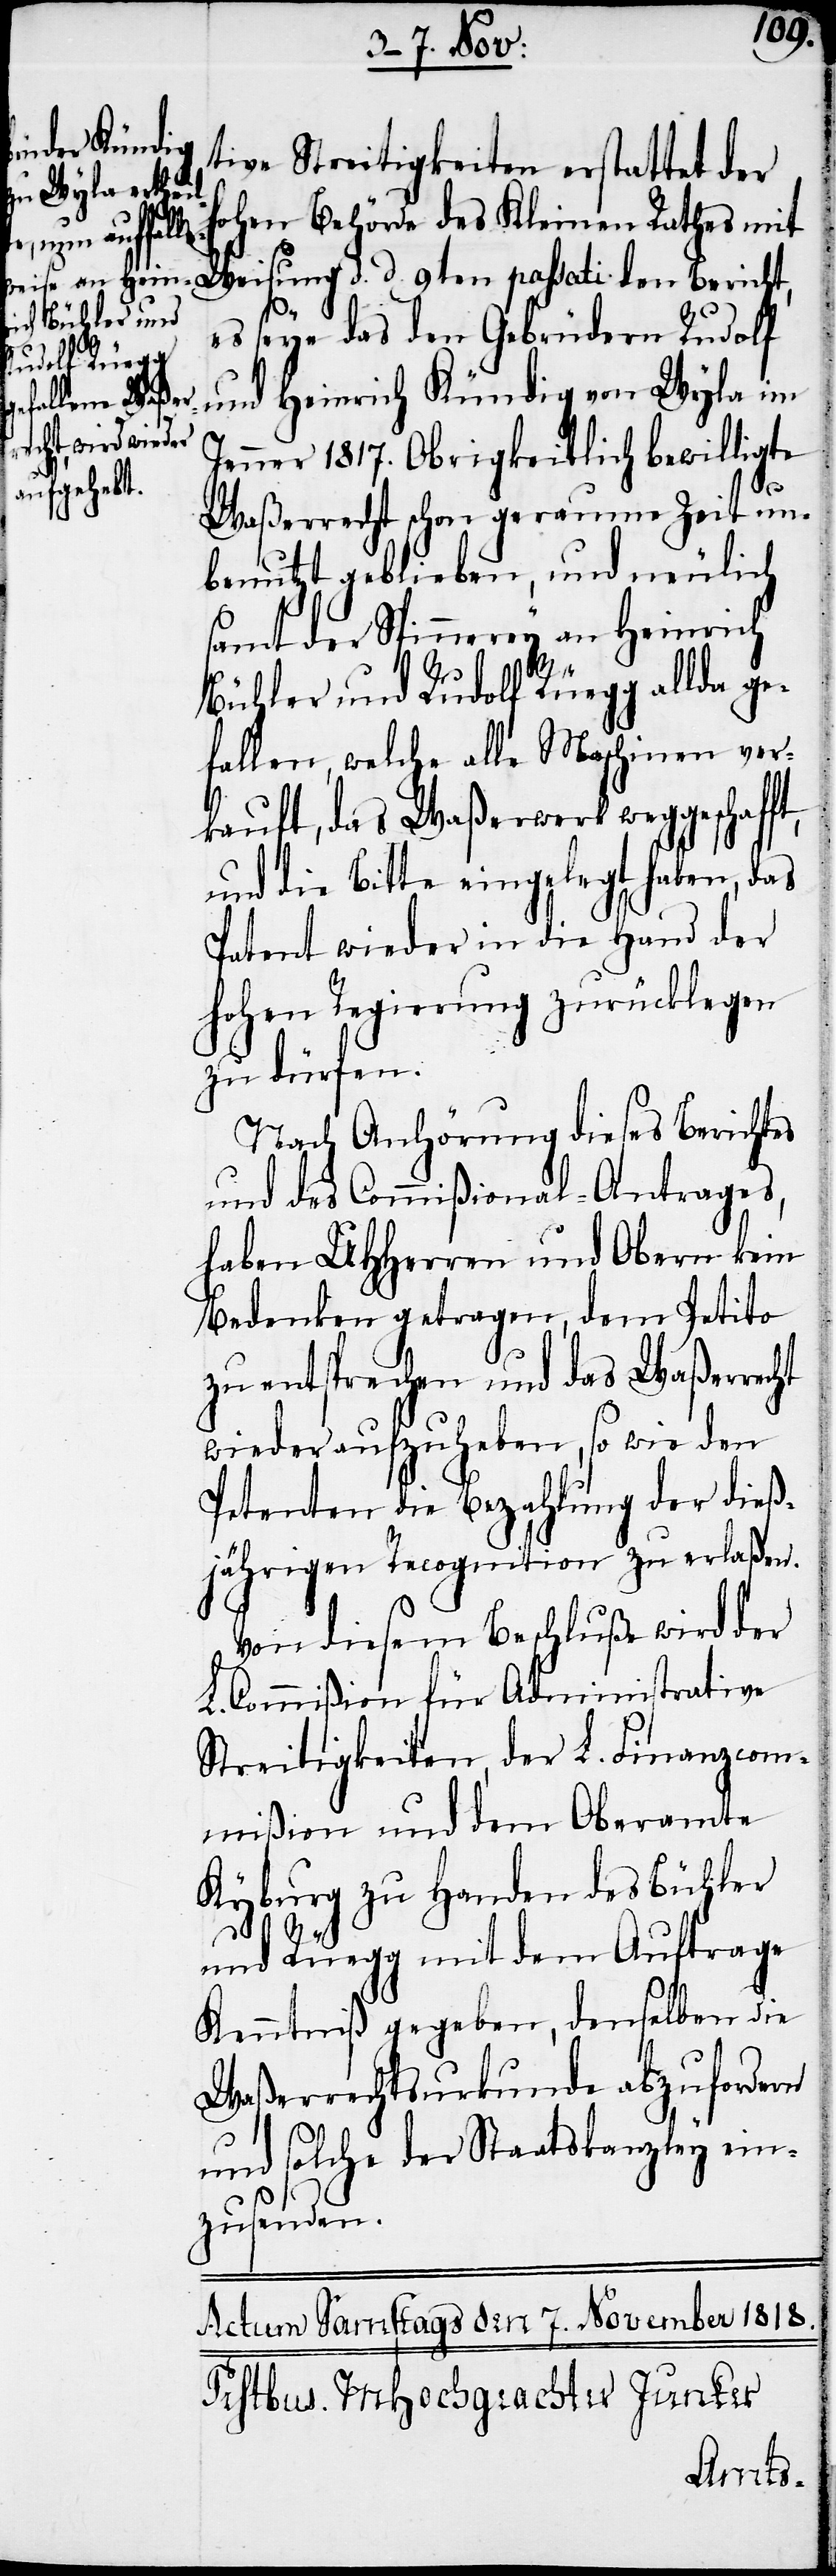
tive Streitigkeiten erstattet der
hohen Behörde des Kleinen Rathes mit
Weisung d. d. 9ten passati den Bericht,
ht
es seye das den Gebrüdern Rudolf
und Heinrich Kündig von Wyla im
Jenner 1817. Obrigkeitlich bewilligte
ft,
Waßerrecht schon geraume Zeit un¬
benutzt geblieben, und neulich
samt der Spinnerey an Heinrich
Bühler und Rudolf Rüegg allda ge¬
fallen, welche alle Maschinen ver¬
kauft, das Waßerwerk weggeschaf¬
und die Bitte eingelegt haben, das
Patent wieder in die Hand der
hohen Regierung zurücklegen
zu dürfen.
Nach Anhörung dieses Berichtes
und des Commißional-Antrages,
haben UHHerren und Obern kein
Bedenken getragen, dem Petito
zu entsprechen und das Waßerrec¬
wieder aufzuheben, so wie den
Petenten die Bezahlung der die¬
ßjährigen Recognition zu erlaßen.
Von diesem Beschluße wird der
L. Commißion für Administrative
Streitigkeiten, der L. Finanzcom¬
mißion und dem Oberamte
Kyburg zu Handen des Bühler
und Rüegg mit dem Auftrage
Kenntniß gegeben, denselben die
Waßerrechtsurkunde abzufordern
und solche der Staatskanzley ein¬
zusenden.